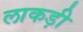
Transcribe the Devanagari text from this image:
लाकड़ी